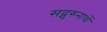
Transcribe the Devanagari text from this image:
सद्गुरुनाथें